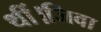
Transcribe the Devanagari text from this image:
थीं।जिवा